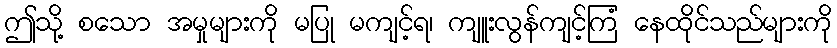
ဤသို့ စသော အမှုများကို မပြု မကျင့်ရ၊ ကျူးလွန်ကျင့်ကြံ နေထိုင်သည်များကို